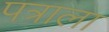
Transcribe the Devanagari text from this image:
पत्राला